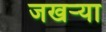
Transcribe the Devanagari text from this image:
जखऱ्या